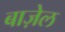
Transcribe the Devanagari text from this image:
बाज़ेल